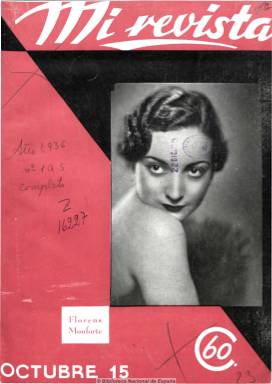
Título: Mi revista (Barcelona. 1936)
Colección: Revistas de información general
Ámbito geográfico: Barcelona
Lugar de publicación: Barcelona
Fechas: 15/10/1936-01/12/1938

Subtitulada “ilustración de actualidades”, en su saludo señaló que, “en los momentos en que empieza la nueva reconstrucción de España”, nacía, no como una publicación de empresa, sino de un “grupo de compañeros”, a los que se califica de “francamente revolucionarios”. Estuvo dirigida por el periodista de la CNT Eduardo Rubio Fernández y su redacción estaba integrada por periodistas de este sindicato, de la UGT, comunistas y republicanos, siendo autodefinidaza como una revista de “combate antifascista y no partidaria”. De periodicidad quincenal, apareció los días 1 y 15 de cada mes, y su paginación la fue ampliando, desde las 32 hasta casi el centenar de páginas.

Adoptó el lema “pensar alto, sentir hondo y hablar claro” y fue sobre todo un magazine con una gran calidad de edición que, junto a crónicas y reportajes de los frentes y la retaguardia, ofrece otras destacadas informaciones sobre la industria cinematográfica y del teatro. También incluye artículos de política, economía, sociedad y cultura y sobre el desarrollo de la contienda, con páginas también dedicadas al mundo financiero, la ciencia, la educación, la mujer o el deporte, pero dándole especial atención a actrices, actores y películas extranjeras, con una sección titulada precisamente “Hollywood”, y asimismo españolas, en otra sección titulada “Pantalla española”.

Su portada, a veces coloreada y buscando los tonos rojo y negro del anarquismo, fue ocupada generalmente por actrices o por dibujos de milicianas o alusivos a la contienda, siendo distribuida gratuitamente entre los milicianos que se encontraban en los frentes de batalla. También cuenta con otra sección que, bajo el epígrafe “Panorama sindical”, daba espacio para informar de todas las organizaciones obreras “sin distinción”. En ella publicó entrevistas la periodista Magda Donato y fueron publicadas numerosas fotografías, dedicándole una sección propia denominada “Vistas del frente”. Otros colaboradores de la revista fueron Aurelio Fernández, Luis de Alarcón, Gustavo Cochet y Socías Aldape. Dio cabida asimismo a una destacada publicidad comercial.